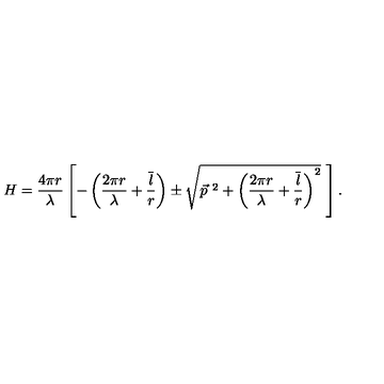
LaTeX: H = { \frac { 4 \pi r } { \lambda } } \left[ - \left( { \frac { 2 \pi r } { \lambda } } + { \frac { \overline { { l } } } { r } } \right) \pm \sqrt { \vec { p } ^ { \ 2 } + \left( { \frac { 2 \pi r } { \lambda } } + { \frac { \overline { { l } } } { r } } \right) ^ { 2 } } \ \right] .